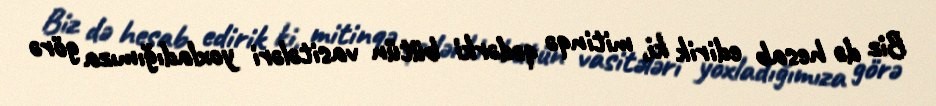
Biz də hesab edirik ki, mitinqə qədərki bütün vasitələri yoxladığımıza görə